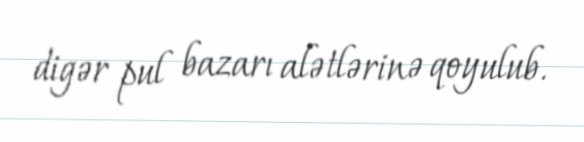
digər pul bazarı alətlərinə qoyulub.